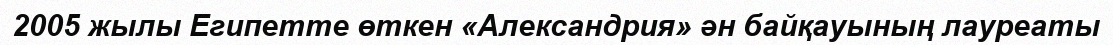
2005 жылы Египетте өткен «Александрия» ән байқауының лауреаты